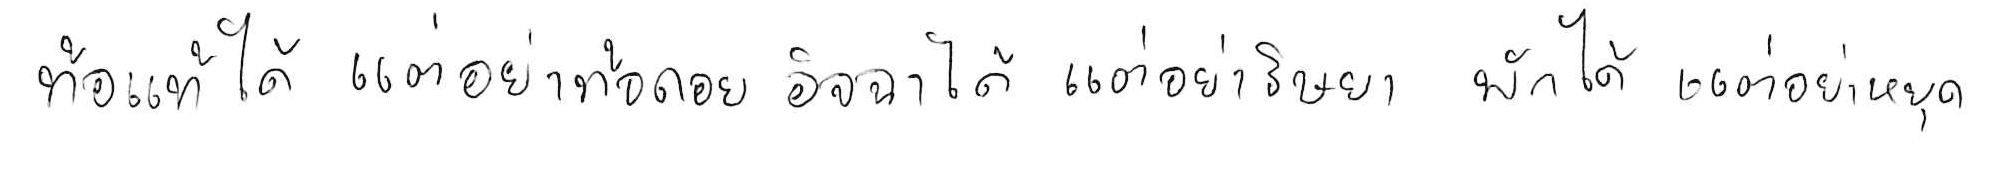
ท้อแท้ได้ แต่อย่าท้อถอย อิจฉาได้ แต่อย่าริษยา พักได้ แต่อย่าหยุด